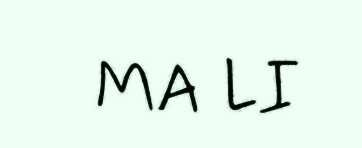
MA LI